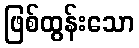
ဖြစ်ထွန်းသော